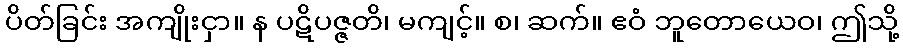
ပိတ်ခြင်း အကျိုးငှာ။ န ပဋိပဇ္ဇတိ၊ မကျင့်။ စ၊ ဆက်။ ဧဝံ ဘူတောယေဝ၊ ဤသို့